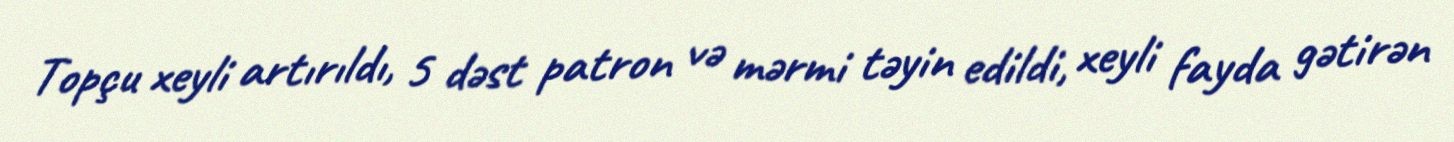
Topçu xeyli artırıldı, 5 dəst patron və mərmi təyin edildi, xeyli fayda gətirən